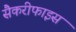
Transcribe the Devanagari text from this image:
सैकरीफाइस